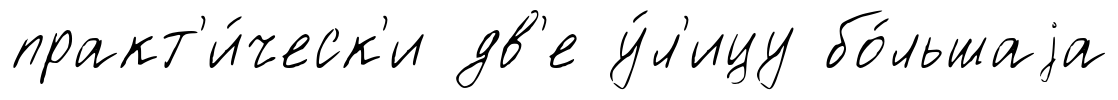
практ'и́ческ'и дв'е у́л'ицу бо́льшаjа